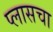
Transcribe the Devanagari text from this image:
प्लासचा